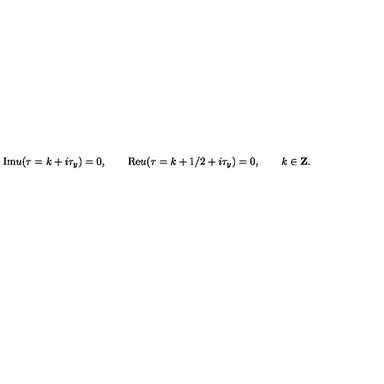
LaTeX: \mathrm { I m } u ( \tau = k + i \tau _ { y } ) = 0 , \qquad \mathrm { R e } u ( \tau = k + 1 / 2 + i \tau _ { y } ) = 0 , \qquad k \in { \bf Z } .